Leaving Certificate Examination (including Day School Certificate (Higher) General paper), 1934
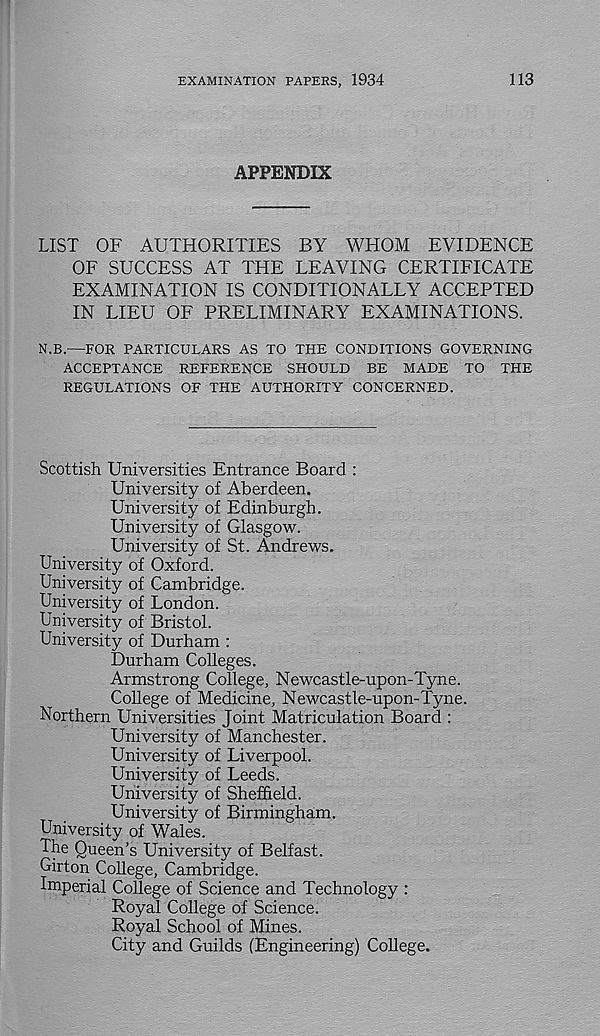
EXAMINATION PAPERS, 1934
113
APPENDIX
LIST OF AUTHORITIES BY WHOM EVIDENCE
OF SUCCESS AT THE LEAVING CERTIFICATE
EXAMINATION IS CONDITIONALLY ACCEPTED
IN LIEU OF PRELIMINARY EXAMINATIONS.
N.B.—FOR PARTICULARS AS TO THE CONDITIONS GOVERNING
ACCEPTANCE REFERENCE SHOULD BE MADE TO THE
REGULATIONS OF THE AUTHORITY CONCERNED.
Scottish Universities Entrance Board :
University of Aberdeen.
University of Edinburgh.
University of Glasgow.
University of St. Andrews.
University of Oxford.
University of Cambridge.
University of London.
University of Bristol.
University of Durham :
Durham Colleges.
Armstrong College, Newcastle-upon-Tyne.
College of Medicine, Newcastle-upon-Tyne.
Northern Universities Joint Matriculation Board :
University of Manchester.
University of Liverpool.
University of Leeds.
University of Sheffield.
University of Birmingham.
University of Wales.
The Queen’s University of Belfast.
Girton College, Cambridge.
Imperial College of Science and Technology :
Royal College of Science.
Royal School of Mines.
City and Guilds (Engineering) College.